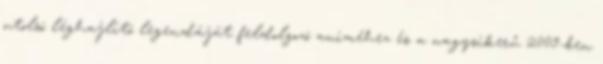
utolsó léghajlító legendáját feldolgozó animéhez és a nagysikerű 2009-ben